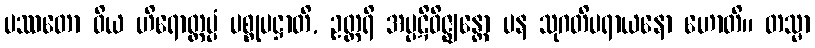
ပဿတော ဝိယ ဟိရောတ္တပ္ပံ ပစ္စုပဋ္ဌာတိ, ဥတ္တရိ အပ္ပဋိဝိဇ္ဈန္တော ပန သုဂတိပရာယနော ဟောတိ။ တသ္မာ